Indian journal of veterinary science and animal husbandry - Volume 8,
Year: 1938
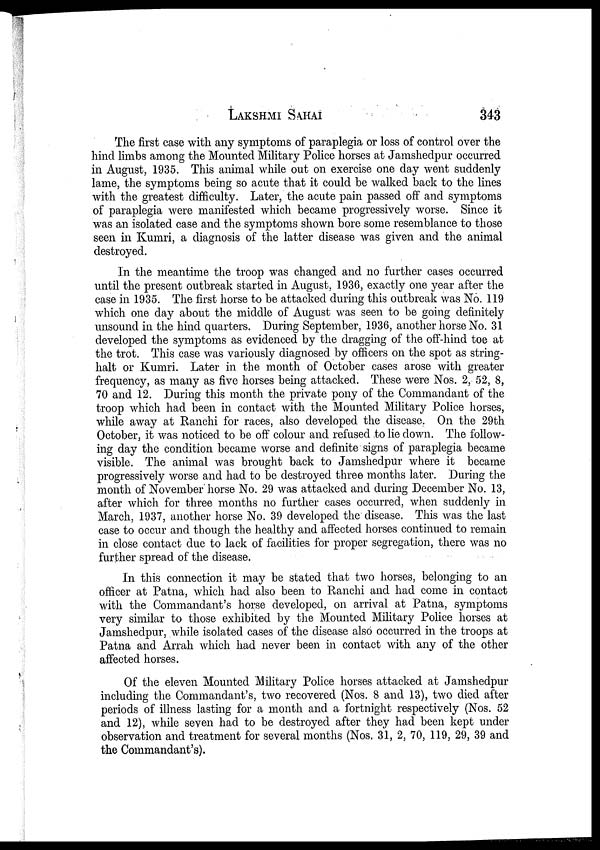
LAKSHMI
SAHAI
343
The first case with any symptoms of paraplegia or loss of control over the
hind limbs among the Mounted Military Police horses at Jamshedpur occurred
in August, 1935. This animal while out on exercise one day went suddenly
lame, the symptoms being so acute that it could be walked back to the lines
with the greatest difficulty. Later, the acute pain passed off and symptoms
of paraplegia were manifested which became progressively worse. Since it
was an isolated case and the symptoms shown bore some resemblance to those
seen in Kumri, a diagnosis of the latter disease was given and the animal
destroyed.
In the meantime the troop was changed and no further cases occurred
until the present outbreak started in August, 1936, exactly one year after the
case in 1935. The first horse to be attacked during this outbreak was No. 119
which one day about the middle of August was seen to be going definitely
unsound in the hind quarters. During September, 1936, another horse No. 31
developed the symptoms as evidenced by the dragging of the off-hind toe at
the trot. This case was variously diagnosed by officers on the spot as string-
halt or Kumri. Later in the month of October cases arose with greater
frequency, as many as five horses being attacked. These were Nos. 2, 52, 8,
70 and 12. During this month the private pony of the Commandant of the
troop which had been in contact with the Mounted Military Police horses,
while away at Ranchi for races, also developed the disease. On the 29th
October, it was noticed to be off colour and refused to lie down. The follow-
ing day the condition became worse and definite signs of paraplegia became
visible. The animal was brought back to Jamshedpur where it became
progressively worse and had to be destroyed three months later. During the
month of November horse No. 29 was attacked and during December No. 13,
after which for three months no further cases occurred, when suddenly in
March, 1937, another horse No. 39 developed the disease. This was the last
case to occur and though the healthy and affected horses continued to remain
in close contact due to lack of facilities for proper segregation, there was no
further spread of the disease.
In this connection it may be stated that two horses, belonging to an
officer at Patna, which had also been to Ranchi and had come in contact
with the Commandant's horse developed, on arrival at Patna, symptoms
very similar to those exhibited by the Mounted Military Police horses at
Jamshedpur, while isolated cases of the disease also occurred in the troops at
Patna and Arrah which had never been in contact with any of the other
affected horses.
Of the eleven Mounted Military Police horses attacked at Jamshedpur
including the Commandant's, two recovered (Nos. 8 and 13), two died after
periods of illness lasting for a month and a fortnight respectively (Nos. 52
and 12), while seven had to be destroyed after they had been kept under
observation and treatment for several months (Nos. 31, 2, 70, 119, 29, 39 and
the Commandant's).